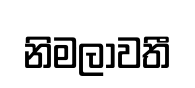
නිමලාවතී